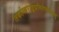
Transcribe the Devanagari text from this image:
तर्काम्बराङ्कप्रमितेष्वतीतेषु